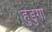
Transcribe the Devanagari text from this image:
हुडुगा